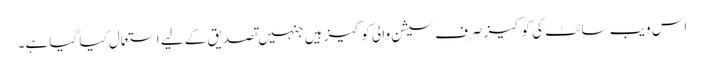
اس ویب سائٹ کی کوکیز صرف سیشن والی کوکیز ہیں جنہیں تصدیق کے لیے استعمال کیا گیا ہے۔